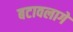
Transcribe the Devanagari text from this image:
बटावलागे